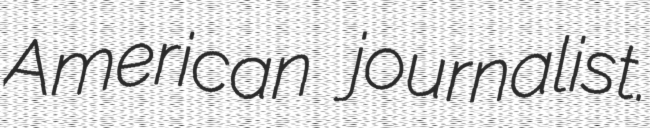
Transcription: American journalist.